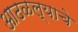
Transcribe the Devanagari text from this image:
आढळल्याचे